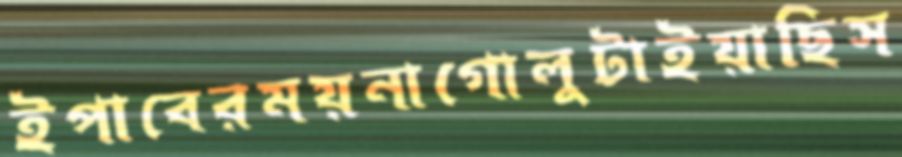
ইপাবেরময়নাগোলুটাইয়াছিস